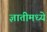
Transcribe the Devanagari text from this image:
ज्ञातीमध्ये